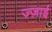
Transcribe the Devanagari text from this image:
ज़्ज़ाई